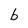
Character: b